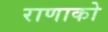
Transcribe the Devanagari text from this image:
राणाको